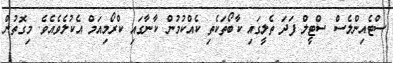
ސްޓެއިންލެސް ސްޓީލް ފަދަ ތެލީގައި ކާބޯތަކެތި ކެއްކުމުން ކާނާގައި ކްރޯމިއަމް އެކުލެވެއެވެ. މިގޮތުން